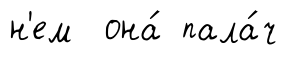
н'ем она́ пала́ч